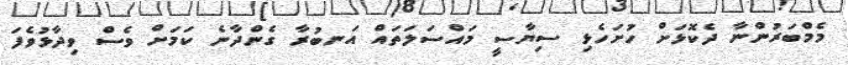
މެމްބަރުންނާ ދެކޮޅަށް ހުށަހެޅި ސިޔާސީ މައްސަލަތައް އަނބުރާ ގެންދާނެ ކަމަށް ވެސް ވިދާޅުވެފަ